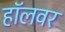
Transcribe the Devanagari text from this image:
हॉलवर